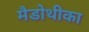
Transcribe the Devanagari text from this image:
मैडोथीका